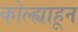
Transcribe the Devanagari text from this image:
कोल्ह्याहून